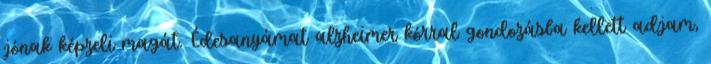
jónak képzeli magát. Édesanyámat alzheimer kórral gondozásba kellett adjam,